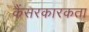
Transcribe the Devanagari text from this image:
कैंसरकारकता